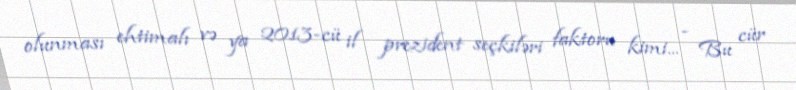
olunması ehtimalı və ya 2013-cü il prezident seçkiləri faktoru kimi... - Bu cür